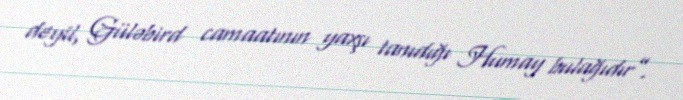
deyil, Güləbird camaatının yaxşı tanıdığı Humay bulağıdır”.